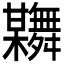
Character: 𦨂